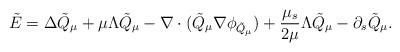
LaTeX: \begin{align*}\tilde{E}=\Delta\tilde{Q}_\mu+\mu\Lambda\tilde{Q}_\mu-\nabla\cdot(\tilde{Q}_\mu\nabla\phi_{\tilde{Q}_\mu})+\frac{\mu_s}{2\mu}\Lambda \tilde{Q}_\mu -\partial_s \tilde{Q}_\mu.\end{align*}